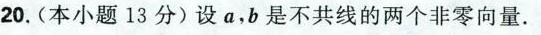
20.(本小题13分)设a，b是不共线的两个非零向量.